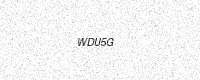
Text: WDU5G